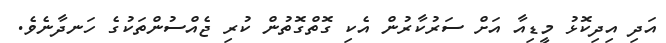
އަދި އިދިކޮޅު މީޑިއާ އަށް ސަރުކާރުން އެކި ގޮތްގޮތުން ކުރި ޖެއްސުންތަކުގެ ހަނދާނެވެ.